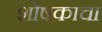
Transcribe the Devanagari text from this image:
शोषकाचा